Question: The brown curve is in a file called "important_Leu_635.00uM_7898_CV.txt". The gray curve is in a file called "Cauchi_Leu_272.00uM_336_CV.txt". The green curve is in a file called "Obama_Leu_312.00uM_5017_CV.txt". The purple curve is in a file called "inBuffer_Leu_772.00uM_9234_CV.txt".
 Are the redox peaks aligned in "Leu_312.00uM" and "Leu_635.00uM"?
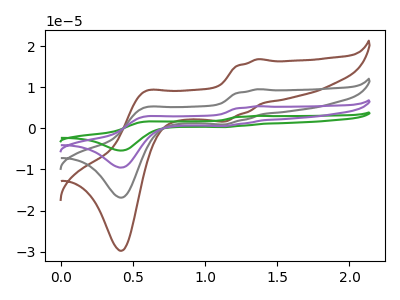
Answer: <think>The brown curve "Leu_635.00uM" has anodic peaks at (1.35V, 16.80uA) (0.60V, 8.95uA) and cathodic peaks at (1.15V, 1.65uA) (0.40V, -29.75uA). The gray curve "Leu_272.00uM" has anodic peaks at (1.35V, 9.50uA) (0.60V, 5.05uA) and cathodic peaks at (1.15V, 0.95uA) (0.40V, -16.85uA). The green curve "Leu_312.00uM" has anodic peaks at (1.35V, 28.55uA) (0.60V, 15.15uA) and cathodic peaks at (1.15V, 2.80uA) (0.40V, -50.55uA). The purple curve "Leu_772.00uM" has anodic peaks at (1.35V, 19.05uA) (0.60V, 10.10uA) and cathodic peaks at (1.15V, 1.90uA) (0.40V, -33.70uA).</think>
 <answer>Yes, "Leu_312.00uM" have a peak in "Leu_635.00uM" at the same potential.</answer>
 <eval>match</eval>